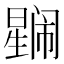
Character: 𭧼